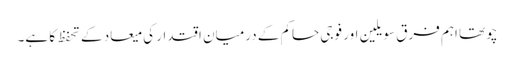
چوتھا اہم فرق سویلین اور فوجی حاکم کے درمیان اقتدار کی میعاد کے تحفظ کا ہے۔